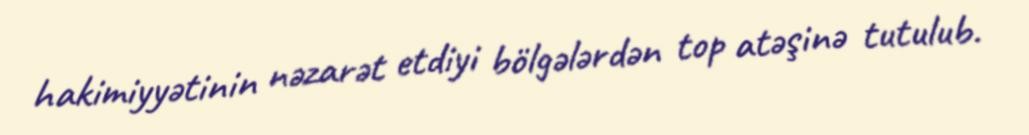
hakimiyyətinin nəzarət etdiyi bölgələrdən top atəşinə tutulub.